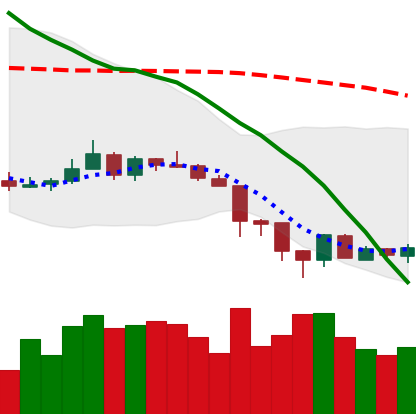
Ticker: XMR-USD
Chart end date: 2018-06-18
Forward return: -9.456%
Label: down_7plus